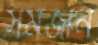
সমজান